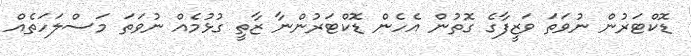
ޑޮކްޓަރުން ނުވަތަ ވަޒީފާގެ ގޮތުން އެހެން ޑޮކްޓަރުންނާ ޒާތީ ގުޅުމެއް ނުވަތަ މަސްލަހަތެއް